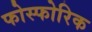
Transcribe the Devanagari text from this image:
फोस्फोरिक